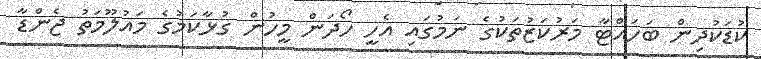
ކުޑަކުދިން ބަހައްޓާ މަރުކަޒުތަކުގެ ނަމުގައި އެހީ ހޯދަން މީހުން ގުޅާކަމުގެ މައުލޫމަތު ޖެންޑާ